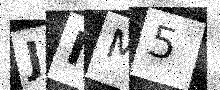
Text: JIM5